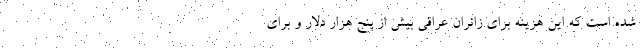
شده است که این هزینه برای زائران عراقی بیش از پنج هزار دلار و برای